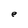
Character: e